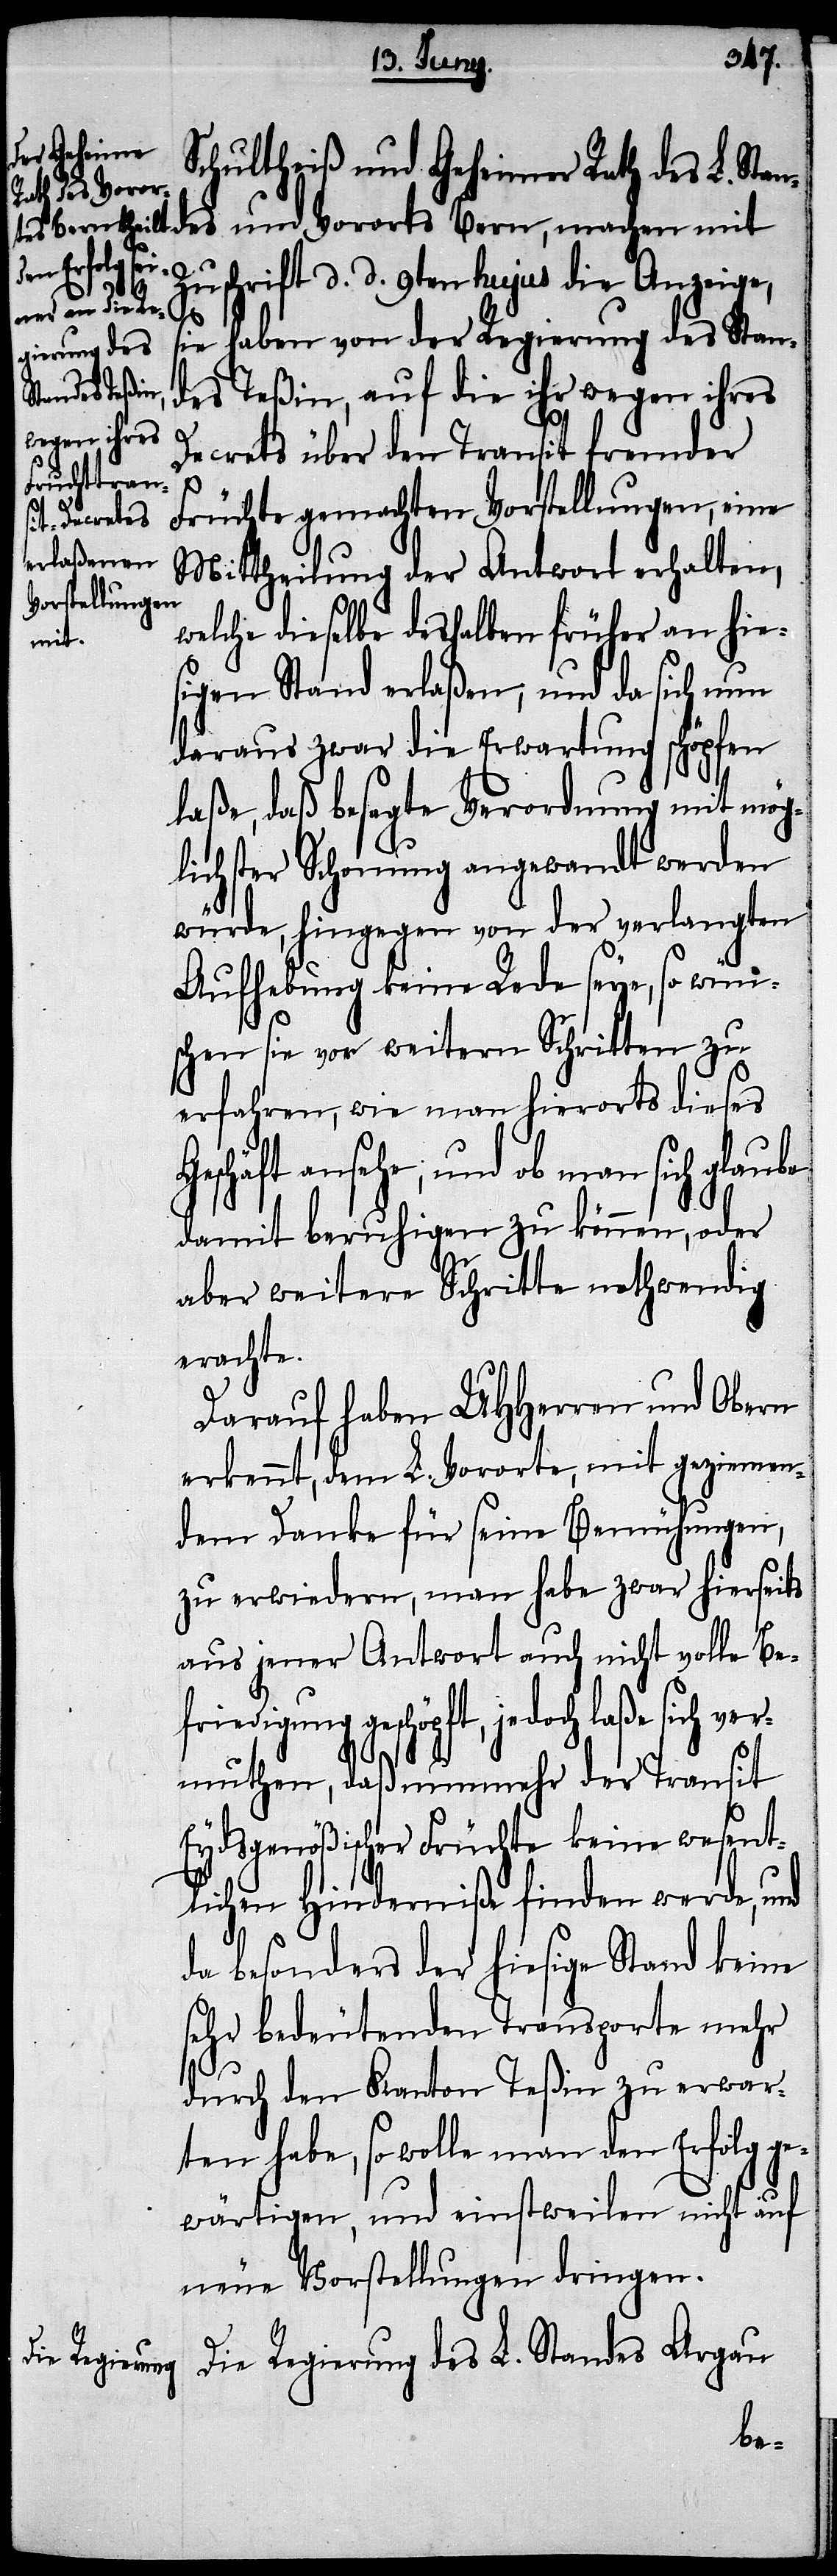
Schultheiß und Geheimer Rath des L. Stan¬
Zuschrift d. d. 9ten hujus die Anzeige,
G¬
sie haben von der Regierung des Stan¬
Vorortes Bern,
des Teßin, auf die ihr wegen ihres
Decrets über den Transit fremder
Früchte gemachten Vorstellungen, eine
Mittheilung der Antwort erhalten,
welche dieselbe deshalben früher an hies¬
mit
igen Stand erlaßen; und da sich nun
daraus zwar die Erwartung schöpfen
laße, daß besagte Verordnung mit mög¬
lichster Schonung angewandt werden
würde, hingegen von der verlangten
Aufhebung keine Rede seye, so wün¬
schen sie vor weitern Schritten zu
erfahren, wie man hierorts dieses
eschäft ansehe; und ob man sich glaube
damit beruhigen zu können, oder
aber weitere Schritte nothwendig
erachte.
Darauf haben UHHerren und Obern
erkennt, dem L. Vororte, mit geziemen¬
dem Danke für seine Bemühungen,
zu erwiedern, man habe zwar hierseits
aus jener Antwort auch nicht volle Be¬
friedigung geschöpft, jedoch laße sich ver¬
muthen, daß nunmehr der Transit
Eydsgenößischer Früchte keine wesent¬
lichen Hinderniße finden werde, und
da besonders der hiesige Stand keine
sehr bedeutenden Transporte mehr
durch den Kanton Teßin zu erwar¬
ten habe, so wolle man den Erfolg ge¬
wärtigen, und einstweilen nicht auf
neue Vorstellungen dringen.
Die Regierung des L. Standes Argau